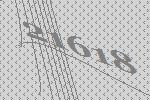
21618